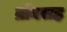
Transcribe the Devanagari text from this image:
ब्रॉनसह